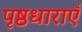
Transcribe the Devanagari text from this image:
पृष्ठधाराएँ